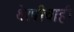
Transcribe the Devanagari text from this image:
थेरपीचाही